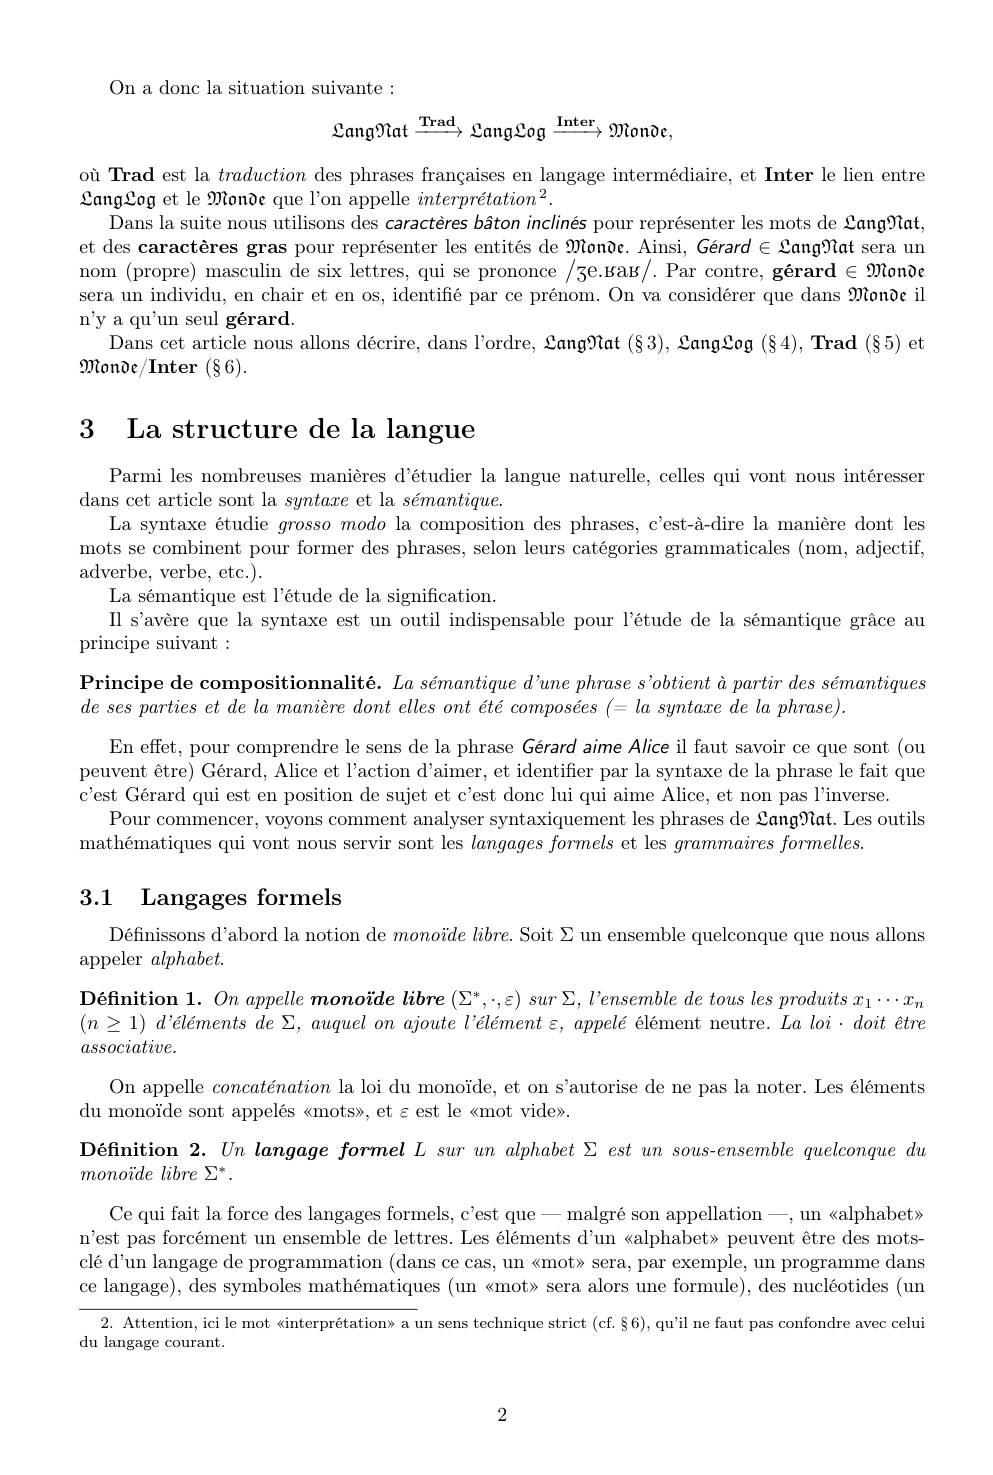
On a donc la situation suivante:
$${\mathcal L}\mathrm{ang}{\mathcal N}\mathrm{at}\xrightarrow{\mathrm{Trad}}{\mathcal L}\mathrm{ang}{\mathcal L}\mathrm{og}\xrightarrow{\mathrm{Inter}}{\mathcal M}\mathrm{onde},$$
où Trad est la traduction des phrases françaises en langage intermédiaire, et Inter le lien entre
SangSog et le Monde que l'on appelle $interprétation^2.$
Dans la suite nous utilisons des caractères bâton inclinés pour représenter les mots de 2ang?lat, et des caractères gras pour représenter les entités de $\mathfrak{M}$onòc. Ainsi, Gérard$\in\mathfrak{L}$ang?"at sera un nom (propre) masculin de six lettres, qui se prononce /3e.gag/.Par contre, gérard $\in\mathfrak{M}$onðe sera un individu, en chair et en os, identifié par ce prénom. On va considérer que dans $\mathfrak{M}$onðe il n'y a qu'un seul gérard.
Dans cet article nous allons décrire, dans l'ordre, $\mathcal{Lang}\mathcal{Mat}(\S3),\mathcal{Lang}\mathcal{Log}(\S4),\mathbf{Trad}(\S5)$ et
$\mathfrak{Monde/Inter~(\S6).}$

# 3 La structure de la langue

Parmi les nombreuses manières d'étudier la langue naturelle, celles qui vont nous intéressen
dans cet article sont la syntaxe et la $sémantique.$
La syntaxe étudie $grosso\textit{modo la composition des phrases, c' est- \`{a} - dire la mani\`{e} re dont les}$ mots se combinent pour former des phrases, selon leurs catégories grammaticales (nom, adjectif, adverbe, verbe, etc.).
La sémantique est l'étude de la signification.
Il s'avère que la syntaxe est un outil indispensable pour l'étude de la sémantique grâce au
principe suivant:

Principe de compositionnalité. $La\textit{ s\'{e} mantique d' une phrase s' obtient \`{a} partir des s\'{e} mantiques}$
$de\textit{ ses parties et de la mani\`{e} re dont elles ont \'{e} t\'{e} compos\'{e} es }( = la\textit{ syntaxe de la phrase}) .$
En effet, pour comprendre le sens de la phrase Gérard aime Alice il faut savoir ce que sont (ou peuvent être) Gérard, Alice et l'action d'aimer, et identifer par la syntaxe de la phrase le fait que c'est Gérard qui est en position de sujet et c'est donc lui qui aime Alice, et non pas l'inverse
Pour commencer, voyons comment analyser syntaxiquement les phrases de 2ang?"at. Les outils
mathématiques qui vont nous servir sont les langagesformels et les grammairesformelles

# 3.1 Langages formels

Définissons d'abord la notion de $mono\ddot{ı } de\textit{libre. Soit }\Sigma$ un ensemble quelconque que nous allons
appeler $alphabet.$
$\textbf{D\'{e} finition }1. \textit{On appelle mono\"{ı } de libre }( \Sigma ^* , \cdot , \varepsilon ) \textit{sur }\Sigma , l^{\prime }ensemble\textit{de tous les produits }x_1\cdots x_n$ $( n\geq 1) \textit{ d' \'{e} l\'{e} ments de Σ , auquel on ajoute l' \'{e} l\'{e} ment ε , appel\'{e} \'{e} l\'{e} ment neutre. }La\textit{loi }doit\textit{\^{e} tre}$ $associative.$
On appelle concaténation la loi du monoïde, et on s'autorise de ne pas la noter. Les éléments
du monoïde sont appelés «mots», et εest le «mot vide».
Définition $2. Un\textit{ langage formel L sur un alphabet }\Sigma est$ un sous-ensemble quelconque du
$monoide\textit{libre }\Sigma ^* .$
Ce qui fait la force des langages formels, c'est que$- \text{malgr\' {e}sonappellation}- $, un «alphabet» n'est pas forcément un ensemble de lettres. Les éléments d'un «alphabet» peuvent être des mots clé d'un langage de programmation (dans ce cas, un《mot» sera, par exemple, un programme dans ce langage), des symboles mathématiques (un «mot» sera alors une formule), des nucléotides (un 2. Attention, ici le mot «interprétation» a un sens technique strict (cf.§6), qu'il ne faut pas confondre avec celui du langage courant.

2